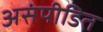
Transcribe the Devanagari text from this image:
असंपीडित